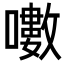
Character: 𡂡